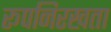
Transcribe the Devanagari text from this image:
रूपनिरखता